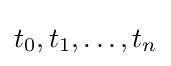
t_{0},t_{1},\dots ,t_{n}